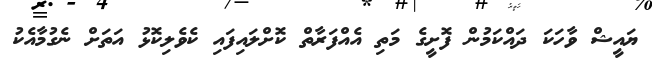
ޔައީޝް ވާހަކަ ދައްކަމުން ފޮށީގެ މަތި އެއްފަރާތް ކޮށްލައިފައި ކެވެލިކޮޅު އަތަށް ނެގުމާއެކު